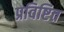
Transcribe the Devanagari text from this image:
प्रविष्टित